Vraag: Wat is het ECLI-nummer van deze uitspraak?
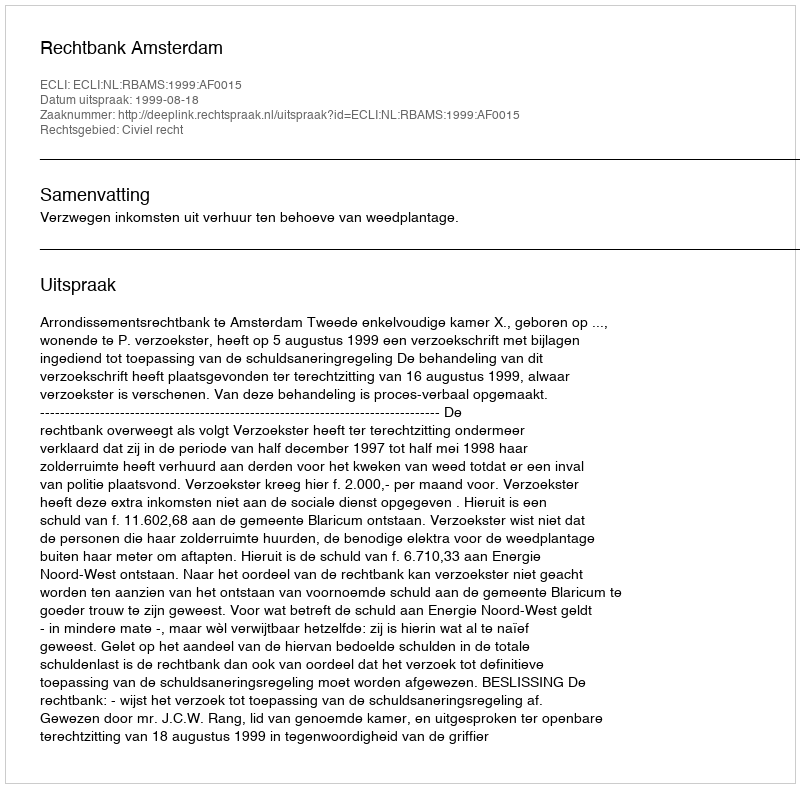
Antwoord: ECLI:NL:RBAMS:1999:AF0015